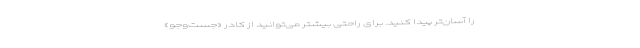
را آسان‌تر پیدا کنید. برای راحتی بیشتر می‌توانید از کادر «جست‌و‌جو»